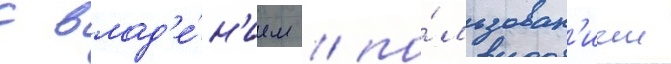
с влад'е́н'ием / по́льзован'ием